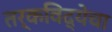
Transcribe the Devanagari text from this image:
तर्कविद्येचा